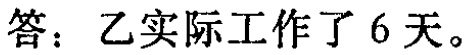
答：乙实际工作了 6 天。